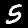
Label: 5